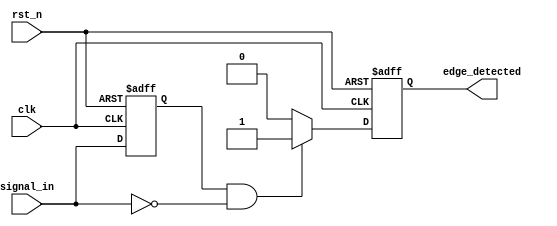
module falling_edge_detector (
    input wire clk,          // Clock signal
    input wire rst_n,       // Active low asynchronous reset
    input wire signal_in,    // Input signal to monitor for falling edges
    output reg edge_detected  // Output signal indicating a falling edge
);

    reg signal_in_prev;      // Memory block to store the previous state of the input signal

    // Asynchronous reset and edge detection logic
    always @(posedge clk or negedge rst_n) begin
        if (!rst_n) begin
            signal_in_prev <= 1'b0; // Initialize previous signal state to low
            edge_detected <= 1'b0;   // Initialize output to low
        end else begin
            // Check for falling edge
            if (signal_in_prev == 1'b1 && signal_in == 1'b0) begin
                edge_detected <= 1'b1;  // Set output high on falling edge
            end else begin
                edge_detected <= 1'b0;   // Reset output if no falling edge
            end
            
            // Update previous signal state
            signal_in_prev <= signal_in;
        end
    end

endmodule